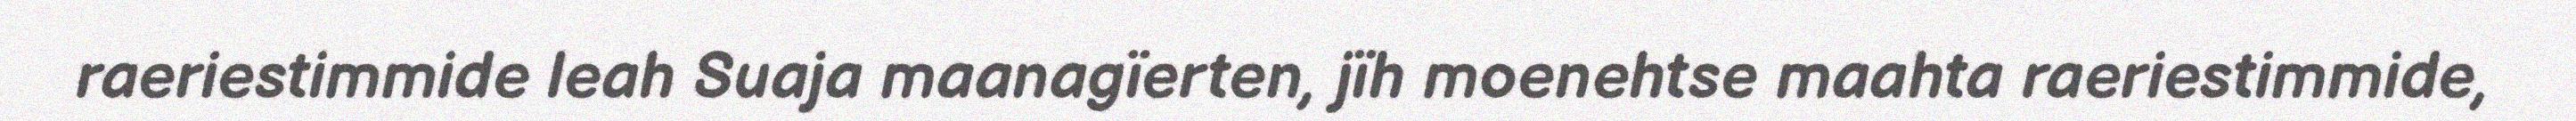
raeriestimmide leah Suaja maanagïerten, jïh moenehtse maahta raeriestimmide,